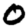
Digit: 0